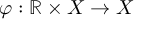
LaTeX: \varphi : \mathbb { R } \times X \to X